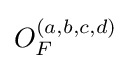
O_{F}^{(a,b,c,d)}